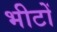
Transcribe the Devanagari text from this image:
भीटों